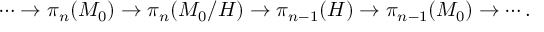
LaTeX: \cdots \rightarrow \pi _ { n } ( M _ { 0 } ) \rightarrow \pi _ { n } ( M _ { 0 } / H ) \rightarrow \pi _ { n - 1 } ( H ) \rightarrow \pi _ { n - 1 } ( M _ { 0 } ) \rightarrow \cdots .